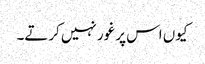
کیوں اس پر غور نہیں کرتے۔